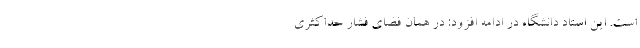
است. این استاد دانشگاه در ادامه افزود: در همان فضای فشار حداکثری